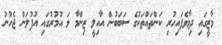
މާޒީގައި ދިމާވެފައިހުރި ކަންތައްތަކުގެ ސަބަބުން އާއިލީ ޒިންމާ ޅަ އުމުރުގައި އުފުލަން ޖެހުނު